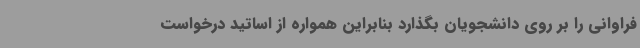
فراوانی را بر روی دانشجویان بگذارد بنابراین همواره از اساتید درخواست